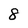
Character: 8